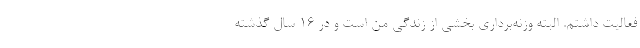
فعالیت داشتم. البته وزنه‌برداری بخشی از زندگی من است و در ۱۶ سال گذشته